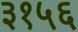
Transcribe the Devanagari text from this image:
३१५६